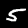
Label: 5